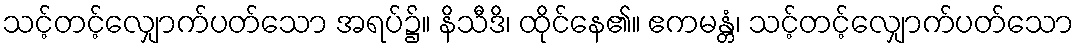
သင့်တင့်လျှောက်ပတ်သော အရပ်၌။ နိသီဒိ၊ ထိုင်နေ၏။ ဧကမန္တံ၊ သင့်တင့်လျှောက်ပတ်သော